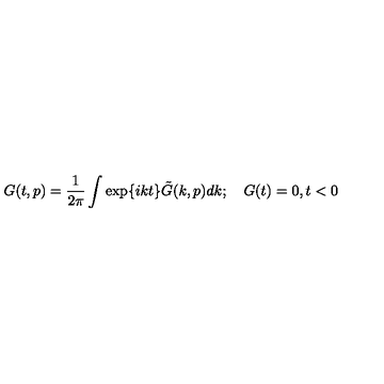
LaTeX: G ( t , p ) = \frac { 1 } { 2 \pi } \int \exp \{ i k t \} \tilde { G } ( k , p ) d k ; \quad G ( t ) = 0 , t < 0